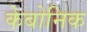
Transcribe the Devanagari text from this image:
केबोनिक